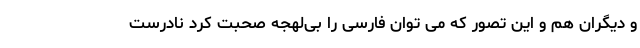
و دیگران هم و این تصور که می توان فارسی را بی‌لهجه صحبت کرد نادرست